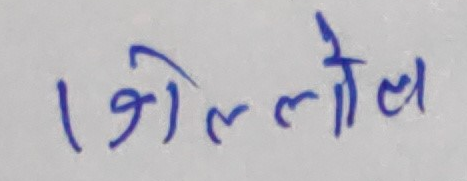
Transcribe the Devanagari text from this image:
गोल्लो